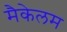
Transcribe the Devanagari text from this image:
मैकेलम